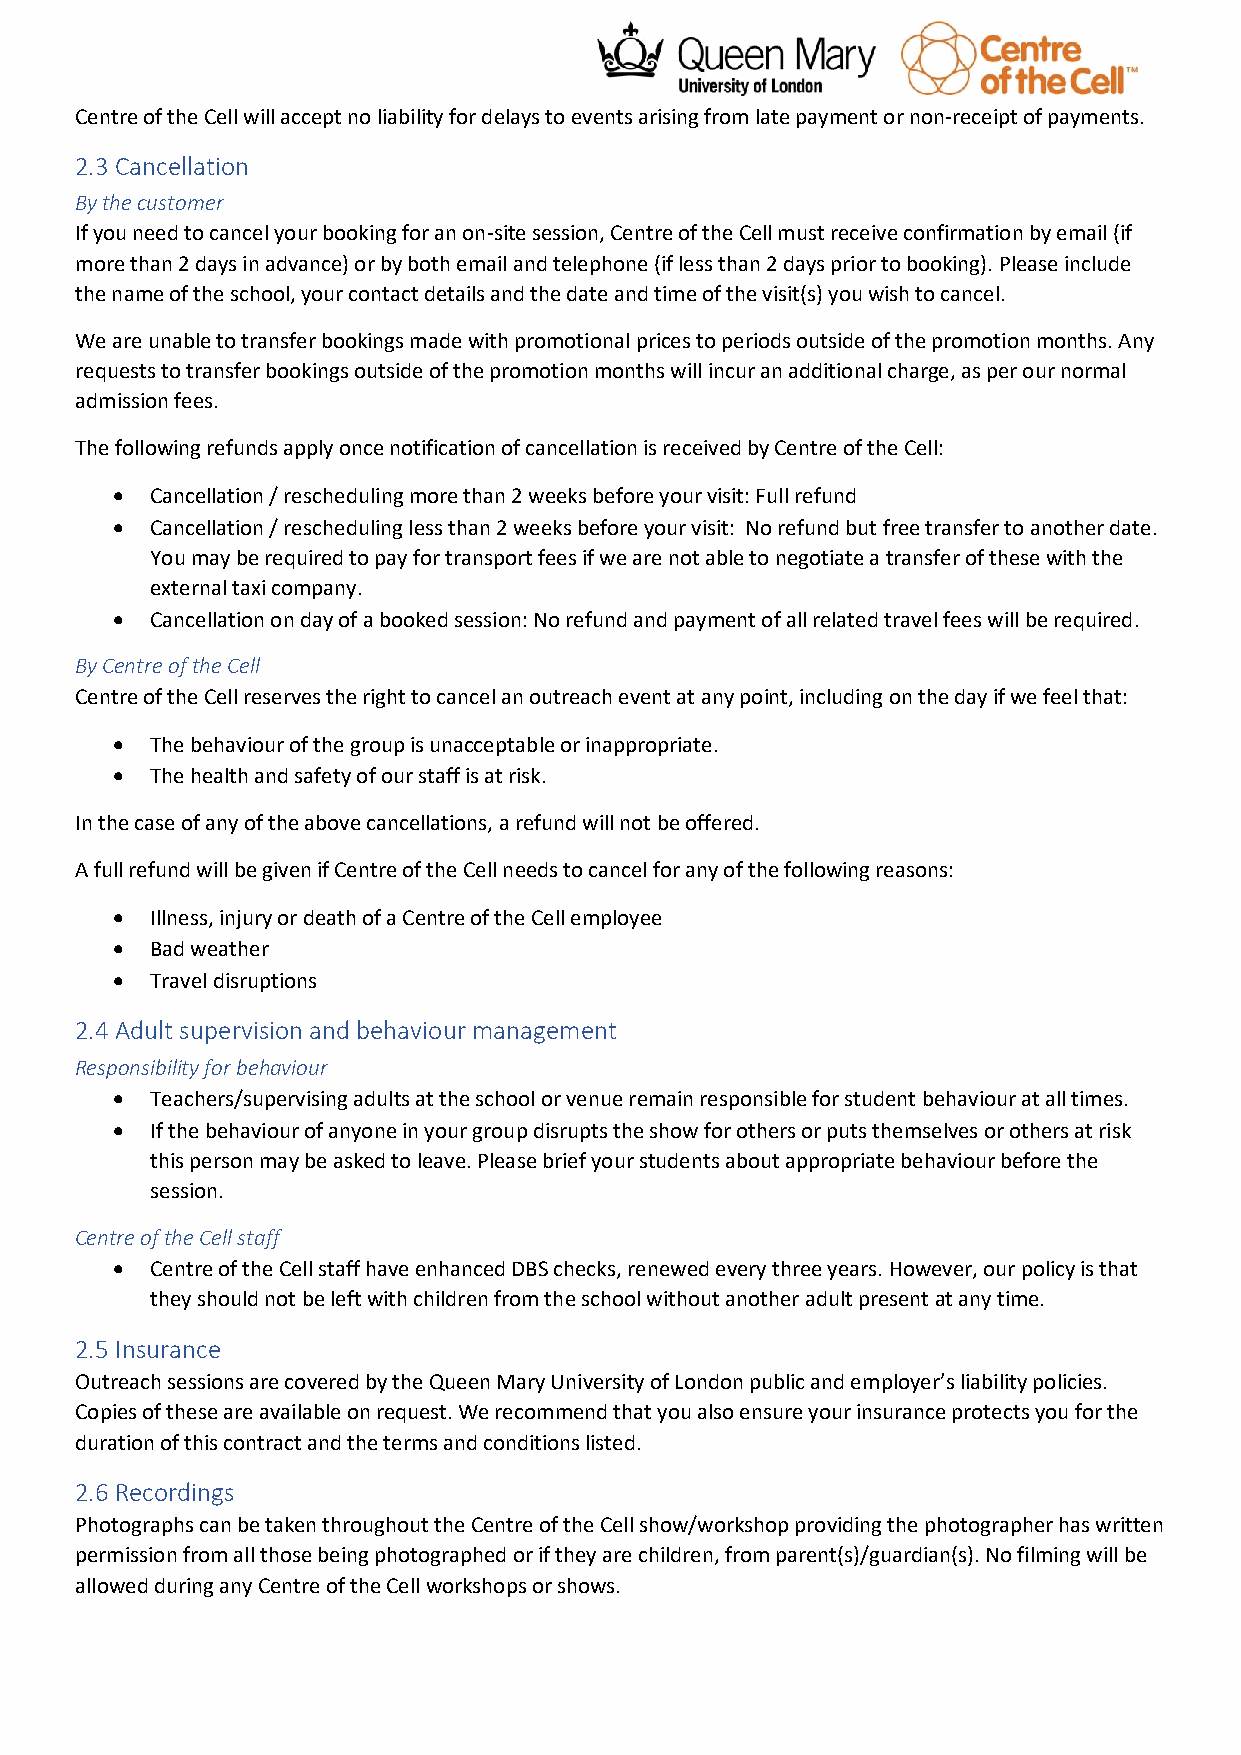
Centre of the Cell will accept no liability for delays to events arising from late payment or non-receipt of payments.
 2.3 Cancellation
 By the customer
 If you need to cancel your booking for an on-site session, Centre of the Cell must receive confirmation by email (if
 more than 2 days in advance) or by both email and telephone (if less than 2 days prior to booking). Please include
 the name of the school, your contact details and the date and time of the visit(s) you wish to cancel.
 We are unable to transfer bookings made with promotional prices to periods outside of the promotion months. Any
 requests to transfer bookings outside of the promotion months will incur an additional charge, as per our normal
 admission fees.
 The following refunds apply once notification of cancellation is received by Centre of the Cell:
 •  Cancellation / rescheduling more than 2 weeks before your visit: Full refund
 •  Cancellation / rescheduling less than 2 weeks before your visit: No refund but free transfer to another date.
 You may be required to pay for transport fees if we are not able to negotiate a transfer of these with the
 external taxi company.
 •  Cancellation on day of a booked session: No refund and payment of all related travel fees will be required.
 By Centre of the Cell
 Centre of the Cell reserves the right to cancel an outreach event at any point, including on the day if we feel that:
 •  The behaviour of the group is unacceptable or inappropriate.
 •  The health and safety of our staff is at risk.
 In the case of any of the above cancellations, a refund will not be offered.
 A full refund will be given if Centre of the Cell needs to cancel for any of the following reasons:
 •  Illness, injury or death of a Centre of the Cell employee
 •  Bad weather
 •  Travel disruptions
 2.4 Adult supervision and behaviour management
 Responsibility for behaviour
 •  Teachers/supervising adults at the school or venue remain responsible for student behaviour at all times.
 •  If the behaviour of anyone in your group disrupts the show for others or puts themselves or others at risk
 this person may be asked to leave. Please brief your students about appropriate behaviour before the
 session.
 Centre of the Cell staff
 •  Centre of the Cell staff have enhanced DBS checks, renewed every three years. However, our policy is that
 they should not be left with children from the school without another adult present at any time.
 2.5 Insurance
 Outreach sessions are covered by the Queen Mary University of London public and employer’s liability policies.
 Copies of these are available on request. We recommend that you also ensure your insurance protects you for the
 duration of this contract and the terms and conditions listed.
 2.6 Recordings
 Photographs can be taken throughout the Centre of the Cell show/workshop providing the photographer has written
 permission from all those being photographed or if they are children, from parent(s)/guardian(s). No filming will be
 allowed during any Centre of the Cell workshops or shows.